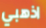
اذهبي